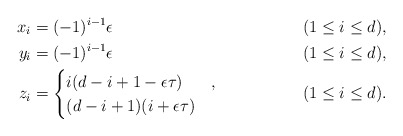
\begin{align*} x_i &= (-1)^{i-1} \epsilon && (1 \leq i \leq d), \\ y_i &= (-1)^{i-1} \epsilon && (1 \leq i \leq d), \\ z_i &= \begin{cases} i (d-i+1- \epsilon \tau) & , \\ (d-i+1)(i + \epsilon \tau) & \end{cases} && (1 \leq i \leq d).\end{align*}